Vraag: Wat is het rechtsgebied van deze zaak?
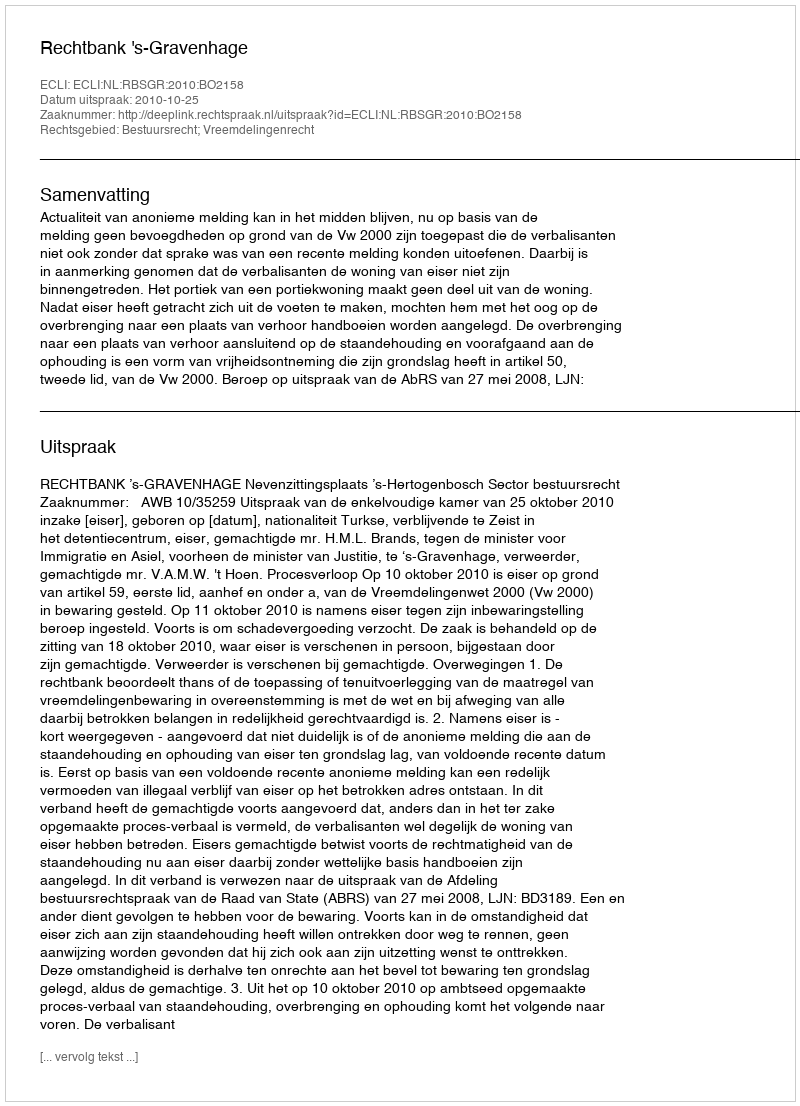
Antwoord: Bestuursrecht; Vreemdelingenrecht